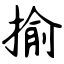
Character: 揄